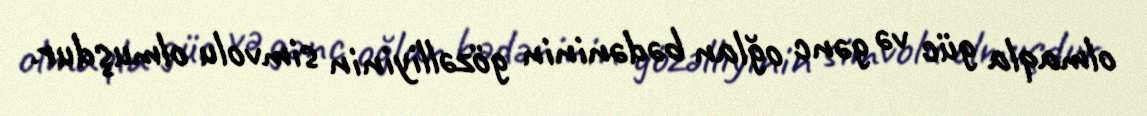
olmaqla güc və gənc oğlan bədəninin gözəlliyinin simvolu olmuşdur.